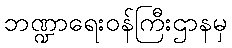
ဘဏ္ဍာရေးဝန်ကြီးဌာနမှ